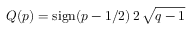
Q ( p ) = \operatorname { s i g n } ( p - 1 / 2 ) \, 2 \, { \sqrt { q - 1 } }